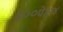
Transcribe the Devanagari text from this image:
३००पेक्ष४